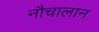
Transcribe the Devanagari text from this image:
नौचालान